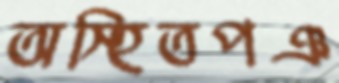
অস্হিতপঞ